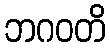
ဘဂဝတိ